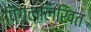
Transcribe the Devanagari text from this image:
पिंगललिखित